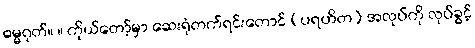
ဓမ္မဂုတ်။ ။ ကိုယ်တော့်မှာ ဆေးရုံတက်ရင်းတောင် (ပရဟိတ) အလုပ်ကို လုပ်ခွင့်